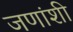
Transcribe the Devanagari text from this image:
जणांशी